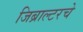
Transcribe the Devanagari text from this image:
जिब्राल्टरचे